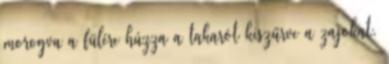
morogva a fülére húzza a takarót kiszűrve a zajokat,